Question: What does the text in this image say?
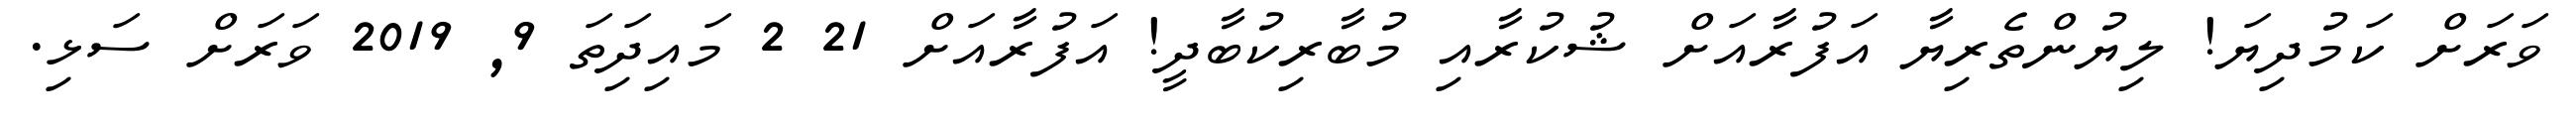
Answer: ވަރަށް ކަމުދިޔަ! ލިޔުންތެރިޔާ އަފުރާއަށް ޝުކުރާއި މުބާރިކުބާދީ! އަފުރާއަށް 21 2 މައިދަިތަ 9, 2019 ވަރަށް ސަޅި.